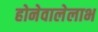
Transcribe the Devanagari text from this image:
होनेवालेलाभ